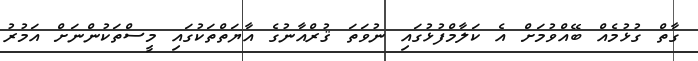
ގާތް ގުޅުމެއް ބޭއްވުމަށް އެ ކަލާމްފުޅުގައި ނުވަތަ ޤުރްއާނުގެ އާޔަތްތަކުގައި މީސްތަކުންނަށް އަމުރު